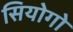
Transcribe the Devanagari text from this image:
सियोगो